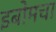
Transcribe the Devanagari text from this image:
इबोमचा